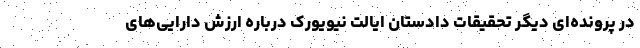
در پرونده‌ای دیگر تحقیقات دادستان ایالت نیویورک درباره ارزش دارایی‌های